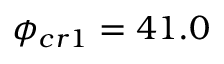
\phi _ { c r 1 } = 4 1 . 0